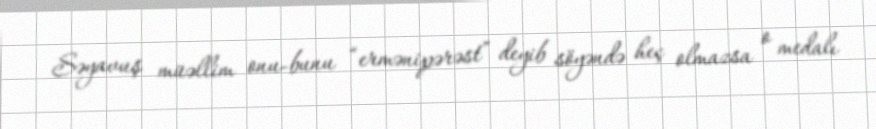
Səyavuş müəllim onu-bunu “ermənipərəst” deyib söyəndə heç olmazsa o medalı